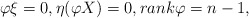
\begin{align*}\varphi \xi =0, \eta(\varphi X)=0,rank \varphi = n-1,\end{align*}